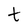
Character: t